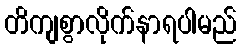
တိကျစွာလိုက်နာရပါမည်